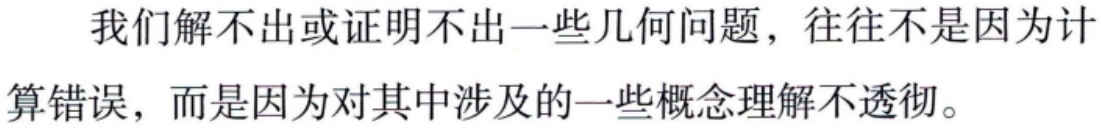
我们解不出或证明不出一些几何问题，往往不是因为计算错误，而是因为对其中涉及的一些概念理解不透彻。